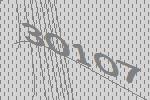
30107